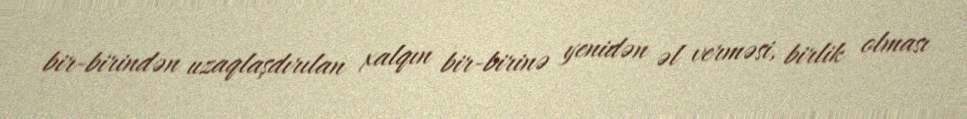
bir-birindən uzaqlaşdırılan xalqın bir-birinə yenidən əl verməsi, birlik olması